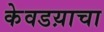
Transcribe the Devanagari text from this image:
केवडय़ाचा